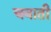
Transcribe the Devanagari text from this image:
चबाती